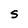
Character: S